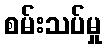
စမ်းသပ်မှု